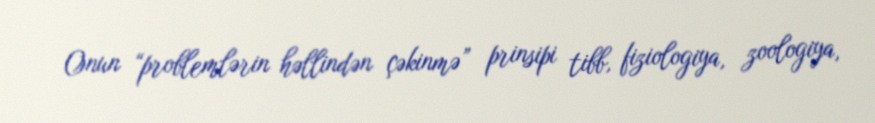
Onun “problemlərin həllindən çəkinmə” prinsipi tibb, fiziologiya, zoologiya,